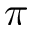
\pi